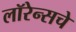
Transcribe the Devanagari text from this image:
लॉरेन्सचे